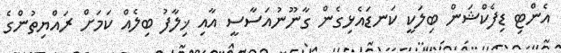
އެންޓި ޑިފެކްޝަން ބިލަކީ ކަނޑައެޅިގެން ގާނޫނުއަސާސީ އާއި ޚިލާފު ބިލެއް ކަމަށް ރައްޔިތުންގެ